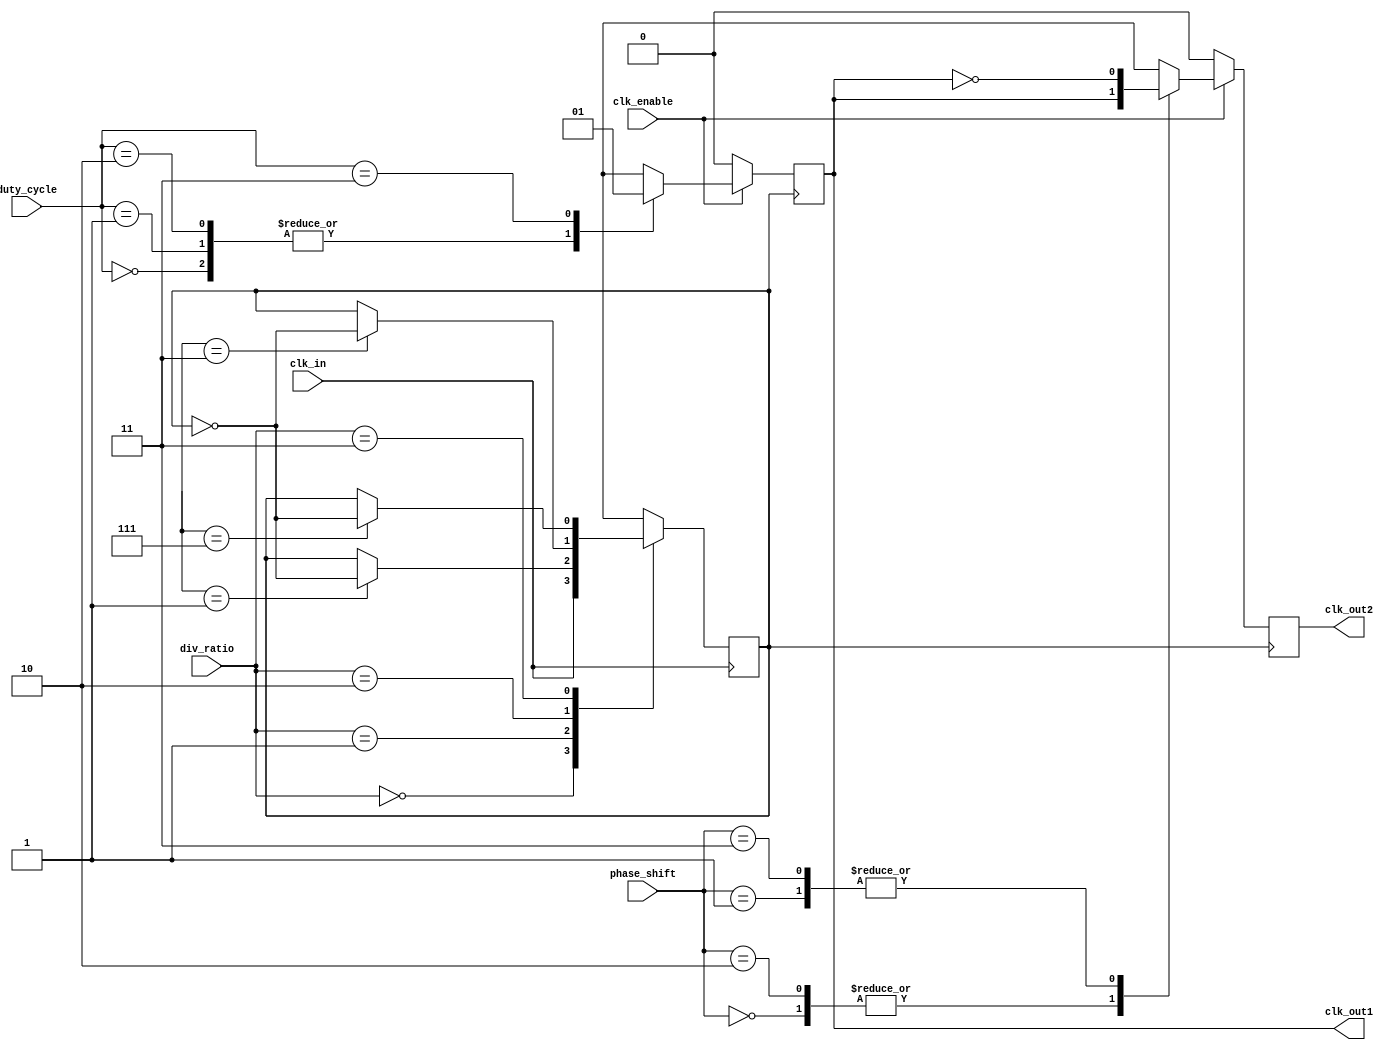
module ProgrammableClockBuffer (
    input wire clk_in,               // Input clock source
    input wire [1:0] div_ratio,      // Division ratio (00:1, 01:2, 10:4, 11:8)
    input wire [1:0] phase_shift,     // Phase shift (00:0, 01:90, 10:180, 11:270)
    input wire [1:0] duty_cycle,      // Duty cycle (00:50%, 01:75%, 10:25%, 11:100%)
    input wire clk_enable,            // Enable signal for clock output
    output reg clk_out1,              // Output clock 1
    output reg clk_out2               // Output clock 2
);

    // Internal signals
    reg [3:0] counter1;               // Counter for clk_out1
    reg [3:0] counter2;               // Counter for clk_out2
    reg clk_div;                      // Divided clock signal

    // Clock division logic
    always @(posedge clk_in) begin
        case (div_ratio)
            2'b00: clk_div <= clk_in; // Division by 1
            2'b01: clk_div <= (counter1 == 1) ? ~clk_div : clk_div; // Division by 2
            2'b10: clk_div <= (counter1 == 3) ? ~clk_div : clk_div; // Division by 4
            2'b11: clk_div <= (counter1 == 7) ? ~clk_div : clk_div; // Division by 8
            default: clk_div <= clk_in;
        endcase
    end

    // Duty cycle and phase adjustment for clk_out1
    always @(posedge clk_div) begin
        if (clk_enable) begin
            case (duty_cycle)
                2'b00: begin
                    clk_out1 <= 1; // 50% duty cycle
                    #((1 << div_ratio) / 2) clk_out1 <= 0; // 50% off
                end
                2'b01: begin
                    clk_out1 <= 1; // 75% duty cycle
                    #((1 << div_ratio) * 3 / 4) clk_out1 <= 0; // 25% off
                end
                2'b10: begin
                    clk_out1 <= 1; // 25% duty cycle
                    #((1 << div_ratio) / 4) clk_out1 <= 0; // 75% off
                end
                2'b11: begin
                    clk_out1 <= 1; // 100% duty cycle
                end
                default: clk_out1 <= 0;
            endcase
        end else begin
            clk_out1 <= 0; // Disable output
        end
    end

    // Phase adjustment for clk_out2
    always @(posedge clk_div) begin
        if (clk_enable) begin
            case (phase_shift)
                2'b00: clk_out2 <= clk_out1; // 0 phase shift
                2'b01: clk_out2 <= ~clk_out1; // 90 phase shift
                2'b10: clk_out2 <= clk_out1; // 180 phase shift (inverted)
                2'b11: clk_out2 <= ~clk_out1; // 270 phase shift
                default: clk_out2 <= 0;
            endcase
        end else begin
            clk_out2 <= 0; // Disable output
        end
    end

endmodule